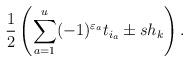
LaTeX: \begin{gather*}{1\over 2}\left(\sum_{a=1}^u (-1)^{\varepsilon_a}t_{i_a}\pm sh_k\right).\end{gather*}